Vaccination report Assam 1874-1896 - 1874-1896
Year: 1874
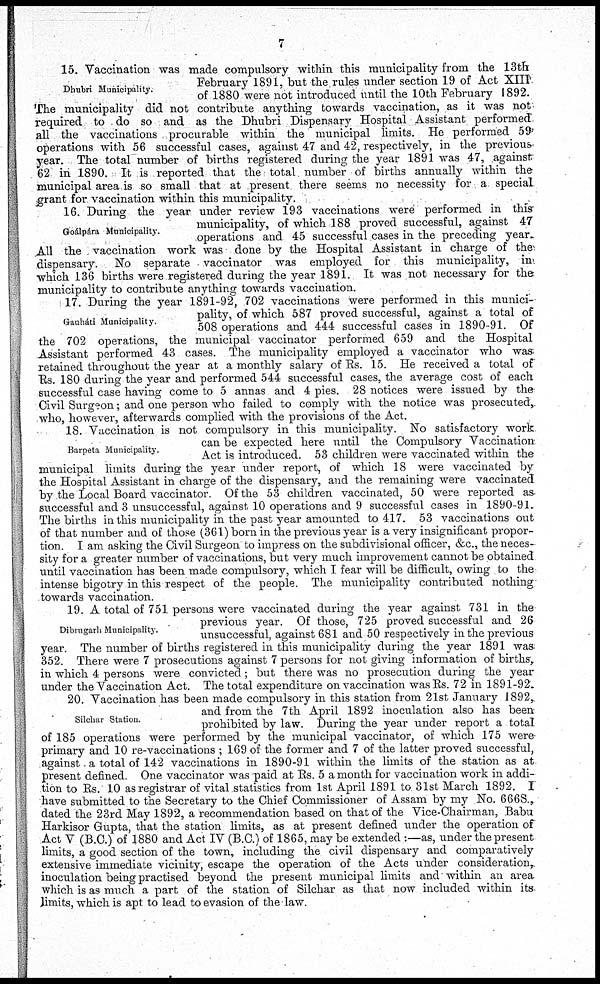
7
Dhubri Municipality.
15. Vaccination was made compulsory within this municipality from the 13th
February 1891, but the rules under section 19 of Act XIII
of 1880 were not introduced until the 10th February 1892.
The municipality did not contribute anything towards vaccination, as it was not
required to do so and as the Dhubri Dispensary Hospital Assistant performed
operations with 56 successful cases, against 47 and 42, respectively, in the previous
year. The total number of births registered during the year 1891 was 47, against
62 in 1890. It is reported that the total number of births annually within the
municipal area is so small that at present there seems no necessity for a special
grant for vaccination within this municipality.
Goálpára Municipality.
16. During the year under review 193 vaccinations were performed in this
municipality, of which 188 proved successful, against 47
operations and 45 successful cases in the preceding year.
All the vaccination work was done by the Hospital Assistant in charge of the
which 136 births were registered during the year 1891. It was not necessary for the municipality to contribute
Gauháti Municipality.
17. During the year 1891-92, 702 vaccinations were performed in this munici-
pality, of which 587 proved successful, against a total of
508 operations and 444 successful cases in 1890-91. Of
the 702 operations, the municipal vaccinator performed 659 and the Hospital
Assistant performed 43 cases. The municipality employed a vaccinator who was
retained throughout the year at a monthly salary of Rs. 15. He received a total of
Rs. 180 during the year and performed 544 successful cases, the average cost of each
successful case having come to 5 annas and 4 pies. 28 notices were issued by the
Civil Surgeon; and one person who failed to comply with the notice was prosecuted,
who, however, afterwards complied with the provisions of the Act.
Barpeta Municipality.
18. Vaccination is not compulsory in this municipality. No satisfactory work
can be expected here until the Compulsory Vaccination
Act is introduced. 53 children were vaccinated within the
municipal limits during the year under report, of which 18 were vaccinated by
the Hospital Assistant in charge of the dispensary, and the remaining were vaccinated
by the Local Board vaccinator. Of the 53 children vaccinated, 50 were reported as-
successful and 3 unsuccessful, against 10 operations and 9 successful cases in 1890-91.
The births in this municipality in the past year amounted to 417. 53 vaccinations out
of that number and of those (361) born in the previous year is a very insignificant propor-
tion. I am asking the Civil Surgeon to impress on the subdivisional officer, &c., the neces-
sity for a greater number of vaccinations, but very much improvement cannot be obtained
until vaccination has been made compulsory, which I fear will be difficult, owing to the
intense bigotry in this respect of the people. The municipality contributed nothing
towards vaccination.
Dibrugarh Municipality.
19. A total of 751 persons were vaccinated during the year against 731 in the
previous year. Of those, 725 proved successful and 26
unsuccessful, against 681 and 50 respectively in the previous
year. The number of births registered in this municipality during the year 1891 was
352. There were 7 prosecutions against 7 persons for not giving information of births,
in which 4 persons were convicted; but there was no prosecution during the year
under the Vaccination Act. The total expenditure on vaccination was Rs. 72 in 1891-92.
Silchar Station.
20. Vaccination has been made compulsory in this station from 21st January 1892,
and from the 7th April 1892 inoculation also has been
prohibited by law. During the year under report a total
of 185 operations were performed by the municipal vaccinator, of which 175 were
primary and 10 re-vaccinations ; 169 of the former and 7 of the latter proved successful,
against. a total of 142 vaccinations in 1890-91 within the limits of the station as at
present defined. One vaccinator was paid at Rs. 5 a month for vaccination work in addi-
tion to Rs. 10 as registrar of vital statistics from 1st April 1891 to 31st March 1892. I
have submitted to the Secretary to the Chief Commissioner of Assam by my No. 666S.,
dated the 23rd May 1892, a recommendation based on that of the Vice-Chairman, Babu
Harkisor Gupta, that the station limits, as at present defined under the operation of
Act V (B.C.) of 1880 and Act IV (B.C.) of 1865, may be extended :—as, under the present
limits, a good section of the town, including the civil dispensary and comparatively
extensive immediate vicinity, escape the operation of the Acts under consideration,
inoculation being practised beyond the present municipal limits and within an area
which is as much a part of the station of Silchar as that now included within its
limits, which is apt to lead to evasion of the law.